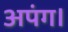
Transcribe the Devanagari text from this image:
अपंग।